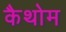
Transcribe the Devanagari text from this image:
कैथोम